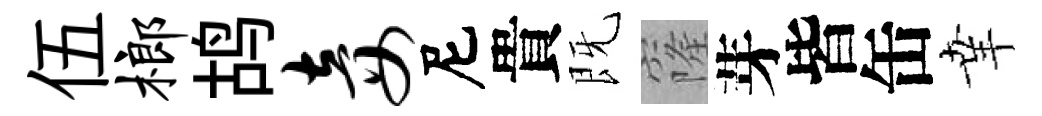
伍榔鸪妾尼貴既窿芽皆缶𦍒